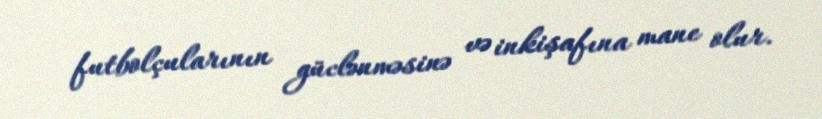
futbolçularının güclənməsinə və inkişafına mane olur.